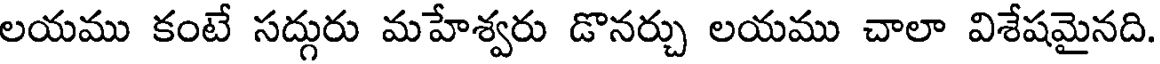
లయము కంటే సద్గురు మహేశ్వరు డొనర్చు లయము చాలా విశేషమైనది